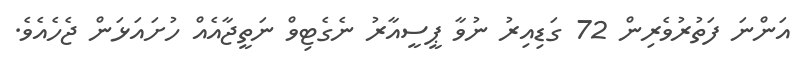
އަންނަ ފަތުރުވެރިން 72 ގަޑިއިރު ނުވާ ޕީސީއާރު ނެގެޓިވް ނަތީޖާއެއް ހުށައަޅަން ޖެހެއެވެ.